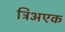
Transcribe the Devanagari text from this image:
त्रिअएक